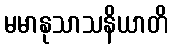
မမာနုသာသနိယာတိ